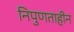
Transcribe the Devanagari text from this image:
निपुणताहीन